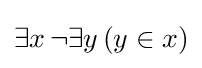
\exists x\,\lnot \exists y\,(y\in x)